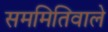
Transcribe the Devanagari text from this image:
सममितिवाले